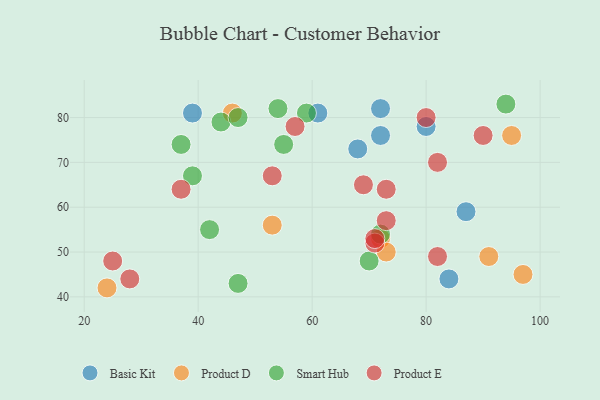
{"axis": {"x": "GDP", "y": "Life Expectancy"}, "legend": ["Basic Kit", "Product D", "Product E", "Smart Hub"], "data": [{"x": "87", "y": 59, "type": "Basic Kit"}, {"x": "80", "y": 78, "type": "Basic Kit"}, {"x": "39", "y": 81, "type": "Basic Kit"}, {"x": "61", "y": 81, "type": "Basic Kit"}, {"x": "84", "y": 44, "type": "Basic Kit"}, {"x": "68", "y": 73, "type": "Basic Kit"}, {"x": "72", "y": 82, "type": "Basic Kit"}, {"x": "72", "y": 76, "type": "Basic Kit"}, {"x": "46", "y": 81, "type": "Product D"}, {"x": "95", "y": 76, "type": "Product D"}, {"x": "72", "y": 53, "type": "Product D"}, {"x": "97", "y": 45, "type": "Product D"}, {"x": "91", "y": 49, "type": "Product D"}, {"x": "53", "y": 56, "type": "Product D"}, {"x": "24", "y": 42, "type": "Product D"}, {"x": "73", "y": 50, "type": "Product D"}, {"x": "39", "y": 67, "type": "Smart Hub"}, {"x": "94", "y": 83, "type": "Smart Hub"}, {"x": "70", "y": 48, "type": "Smart Hub"}, {"x": "59", "y": 81, "type": "Smart Hub"}, {"x": "55", "y": 74, "type": "Smart Hub"}, {"x": "47", "y": 43, "type": "Smart Hub"}, {"x": "44", "y": 79, "type": "Smart Hub"}, {"x": "42", "y": 55, "type": "Smart Hub"}, {"x": "47", "y": 80, "type": "Smart Hub"}, {"x": "72", "y": 54, "type": "Smart Hub"}, {"x": "37", "y": 74, "type": "Smart Hub"}, {"x": "54", "y": 82, "type": "Smart Hub"}, {"x": "90", "y": 76, "type": "Product E"}, {"x": "71", "y": 52, "type": "Product E"}, {"x": "71", "y": 53, "type": "Product E"}, {"x": "53", "y": 67, "type": "Product E"}, {"x": "69", "y": 65, "type": "Product E"}, {"x": "80", "y": 80, "type": "Product E"}, {"x": "25", "y": 48, "type": "Product E"}, {"x": "28", "y": 44, "type": "Product E"}, {"x": "73", "y": 57, "type": "Product E"}, {"x": "37", "y": 64, "type": "Product E"}, {"x": "82", "y": 70, "type": "Product E"}, {"x": "82", "y": 49, "type": "Product E"}, {"x": "57", "y": 78, "type": "Product E"}, {"x": "73", "y": 64, "type": "Product E"}]}